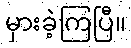
မှားခဲ့ကြပြီ။